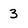
Character: 3